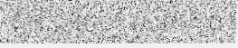
នៅតែ ចេញ ពុំ រួច ។ ឯ